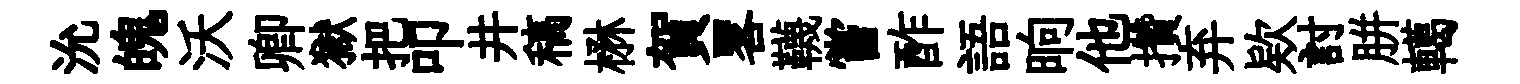
沇魄沃卿獄把叩井稿楙賀畧韈嘗酢語晌他攢弃欵討胼轕